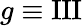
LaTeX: g\equiv\operatorname{III}